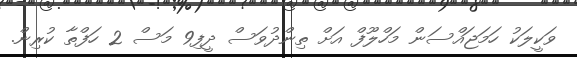
ވަކީލަކު ހަމަޖައްސަން މަހްލޫފް އަށް ތިންދުވަސް ދީފި9 މަސް 2 ހަފްތާ ކުރިން.